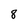
Character: 8